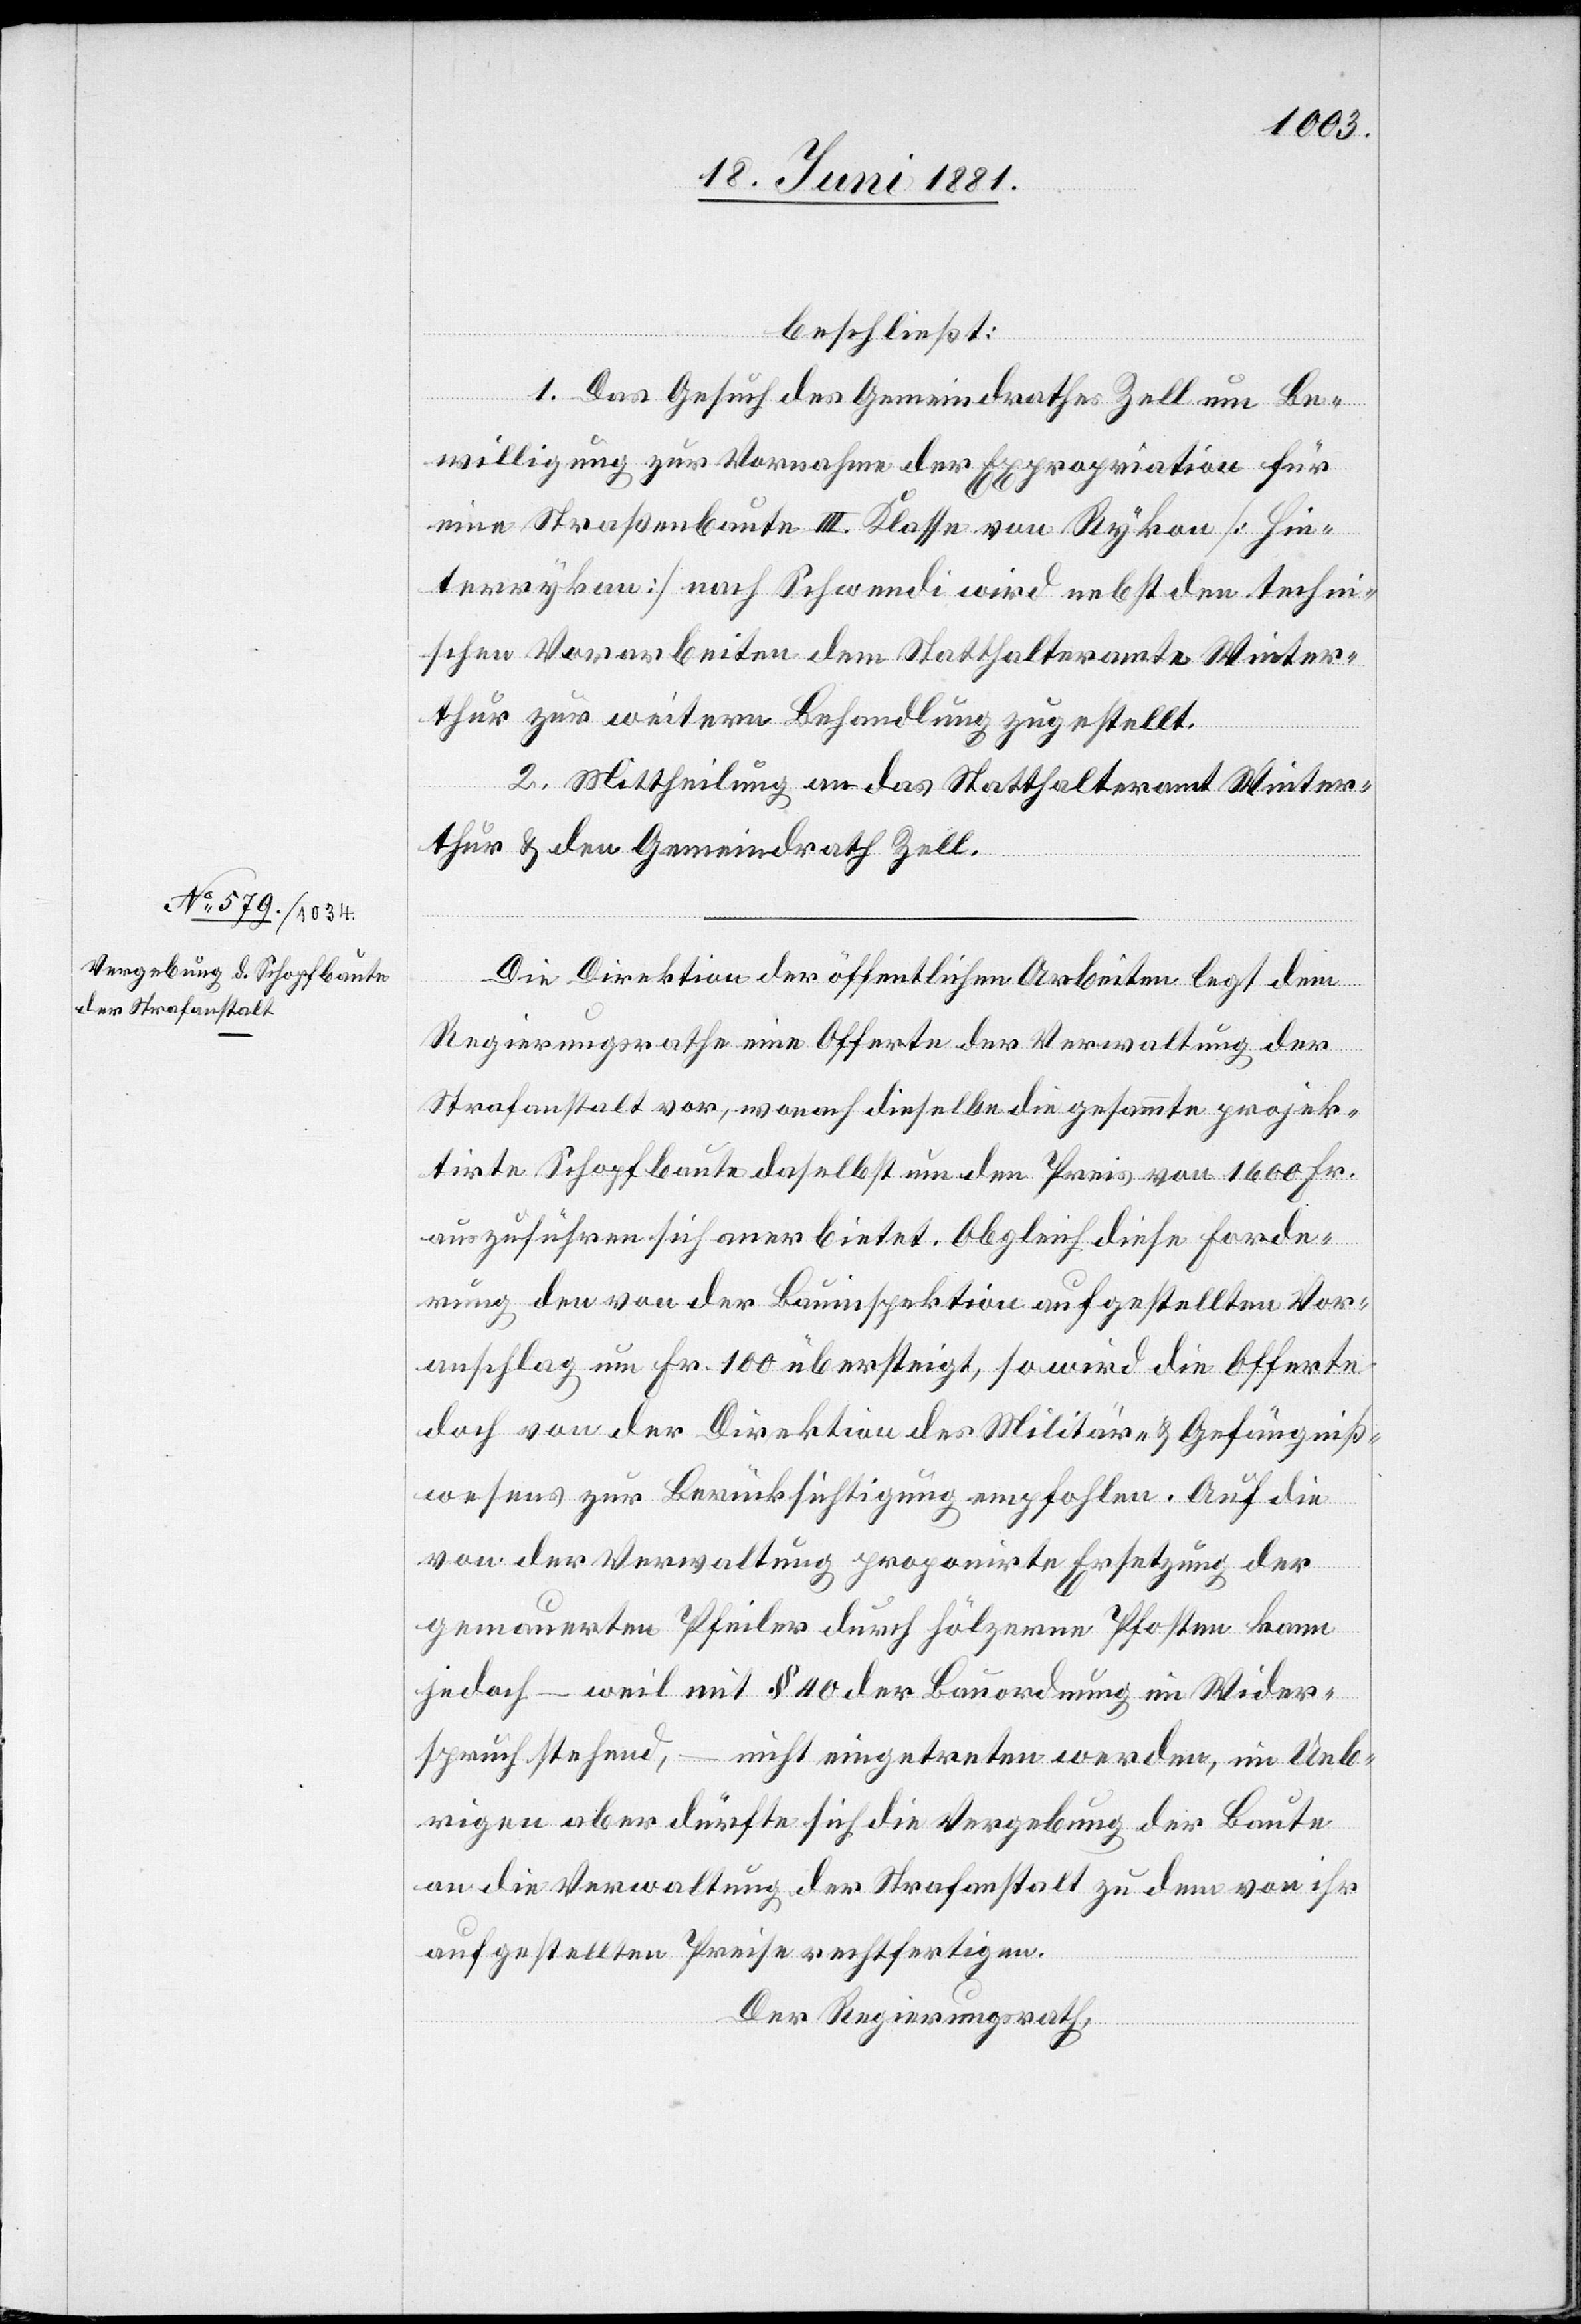
beschließt:
1. Das Gesuch des Gemeindrathes Zell um Be¬
willigung zur Vornahme der Expropriation für
eine Straßenbaute III. Klasse von Rykon [Hin¬
terrykon] nach Schwendi wird nebst den techni¬
schen Vorarbeiten dem Statthalteramte Winter¬
thur zur weitern Behandlung zugestellt.
2. Mittheilung an das Statthalteramt Winter¬
thur & den Gemeindrath Zell.
Die Direktion der öffentlichen Arbeiten legt dem
Regierungsrathe eine Offerte der Verwaltung der
Strafanstalt vor, wonach dieselbe die gesammte projek¬
tirte Schopfbaute daselbst um den Preis von 1600 Fr.
auszuführen sich anerbietet. Obgleich diese Forde¬
rung den von der Bauinspektion aufgestellten Vor¬
anschlag um Fr. 100 übersteigt, so wird die Offerte
doch von der Direktion des Militärs- & Gefängniß¬
wesens zur Berücksichtigung empfohlen. Auf die
von der Verwaltung proponirte Ersetzung der
Gemauerten Pfeiler durch hölzerne Pfosten kann
jedoch – weil mit § 40 der Bauordnung im Wider¬
spruch stehend, – nicht eingetreten werden, im Ueb¬
rigen aber dürfte sich die Vergebung der Baute
an die Verwaltung der Strafanstalt zu dem von ihr
aufgestellten Preise rechtfertigen.
Der Regierungsrath,